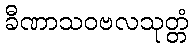
ခီဏာသဝဗလသုတ္တံ